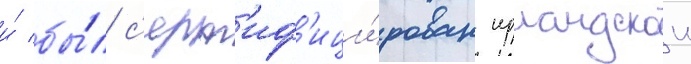
и́ бы́л с'ерт'иф'ици́рован ирландскои